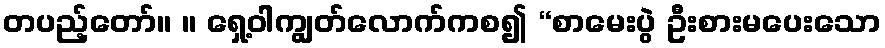
တပည့်တော်။ ။ ရှေ့ဝါကျွတ်လောက်ကစ၍ “စာမေးပွဲ ဦးစားမပေးသော